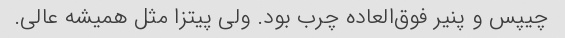
چیپس و پنیر فوق‌العاده چرب بود. ولی پیتزا مثل همیشه عالی.